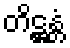
တိဋ္ဌန္တံ